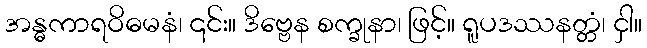
အန္ဓကာရဝိဓမနံ၊ ၎င်း။ ဒိဗ္ဗေန စက္ခုနာ၊ ဖြင့်။ ရူပဒဿနတ္တံ၊ ငှါ။